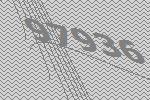
97936